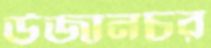
উজানচর